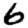
Digit: 6